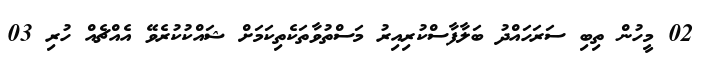
02 މީހުން ތިބި ސަރަހައްދު ބަލާފާސްކުރިއިރު މަސްތުވާތަކެތިކަމަށް ޝައްކުކުރެވޭ އެއްޗެއް ހުރި 03